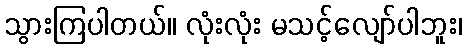
သွားကြပါတယ်။ လုံးလုံး မသင့်လျော်ပါဘူး၊